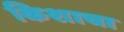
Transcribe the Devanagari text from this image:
किशाचा